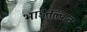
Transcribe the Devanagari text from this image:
भाडेतत्त्वात